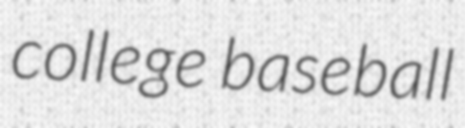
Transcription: college baseball